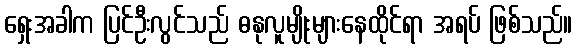
ရှေးအခါက ပြင်ဦးလွင်သည် ဓနုလူမျိုးများနေထိုင်ရာ အရပ် ဖြစ်သည်။